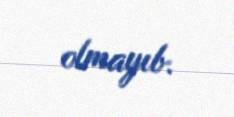
olmayıb.